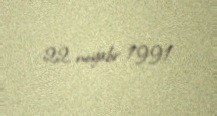
22 noyabr 1991